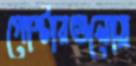
পোস্টারগুলোয়